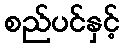
စည်ပင်နှင့်